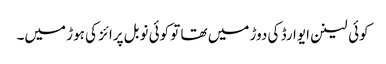
کوئی لینن ایوارڈ کی دوڑ میں تھا تو کوئی نوبل پرائز کی ہوڑ میں۔